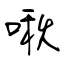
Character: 啾